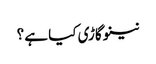
نینو گاڑی کیا ہے ؟